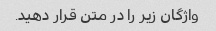
واژگان زیر را در متن قرار دهید.